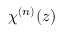
{ { \chi } ^ { ( n ) } } ( z )